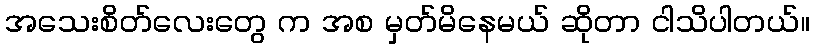
အသေးစိတ်လေးတွေ က အစ မှတ်မိနေမယ် ဆိုတာ ငါသိပါတယ်။